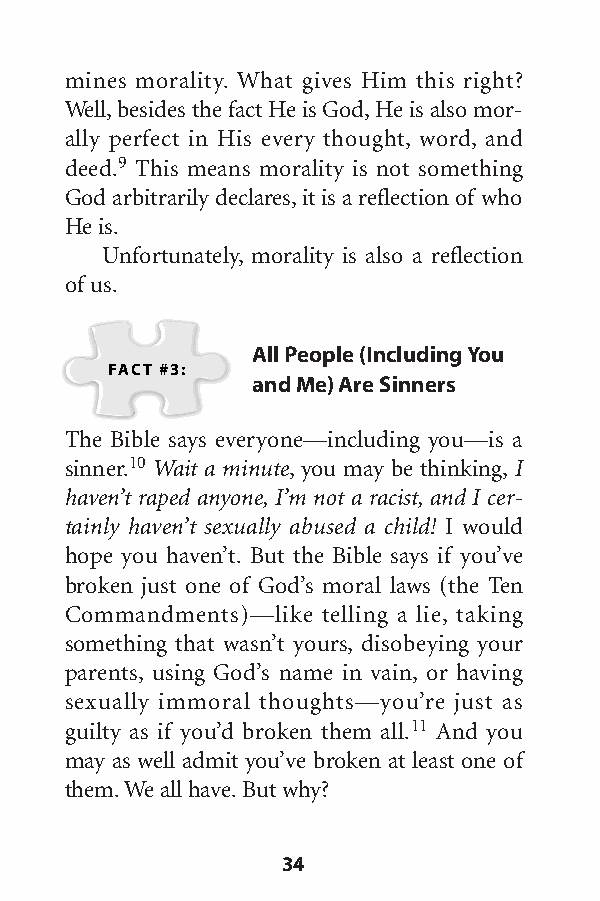
mines morality. What gives Him this right?
 Well,besides the fact He is God,He is also mor-
 ally perfect in His every thought, word, and
 deed.9 This means morality is not something
 God arbitrarily declares,it is a reflection of who
 He is.
 Unfortunately, morality is also a reflection
 ofus.
 All People (Including You
 FACT #3:
 andMe) Are Sinners
 The Bible says everyone—including you—is a
 sinner.10 Wait a minute,you may be thinking, I
 haven’t raped anyone, I’m not a racist, and I cer-
 tainly haven’t sexually abused a child! I would
 hope you haven’t. But the Bible says if you’ve
 broken just one of God’s moral laws (the Ten
 Commandments)—like telling a lie, taking
 something that wasn’t yours, disobeying your
 parents, using God’s name in vain, or having
 sexually immoral thoughts—you’re just as
 guilty as if you’d broken them all.11 And you
 may as well admit you’ve broken at least one of
 them.We all have.But why?
 34